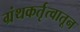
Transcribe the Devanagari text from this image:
ग्रंथकर्तृत्वातून